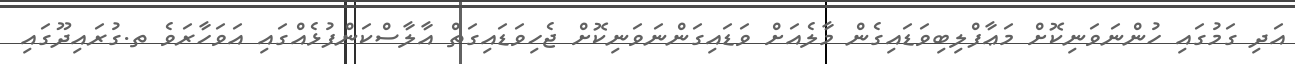
އަދި ގަމުގައި ހުންނަވަނިކޮށް މަޢާފްލިބިވަޑައިގެން މާލެއަށް ވަޑައިގަންނަވަނިކޮށް ޖެހިވަޑައިގަތް އާލާސްކަންފުޅެއްގައި އަވަހާރަވެ ތ.ގުރައިދޫގައި